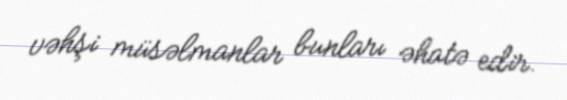
vəhşi müsəlmanlar bunları əhatə edir.